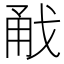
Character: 㦷